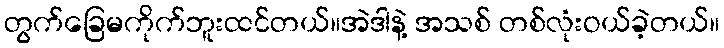
တွက်ခြေမကိုက်ဘူးထင်တယ်။အဲဒါနဲ့ အသစ် တစ်လုံးဝယ်ခဲ့တယ်။